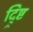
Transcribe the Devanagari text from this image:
द्र्ष्टि